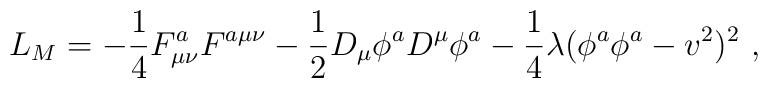
L_M = - \frac{1}{4} F_{\mu\nu}^a F^{a\mu\nu}       - \frac{1}{2} D_\mu \phi^a D^\mu \phi^a      - \frac{1}{4} \lambda (\phi^a \phi^a - v^2)^2\ ,